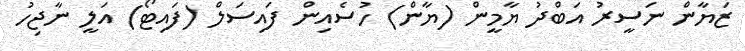
ޒަޔާން ނަސީރު އަބްދު ޔާމީން (ޔާން) ހުސެއިން ފައިސަލް (ފައިޓޯ) އަލީ ނާޖިހު